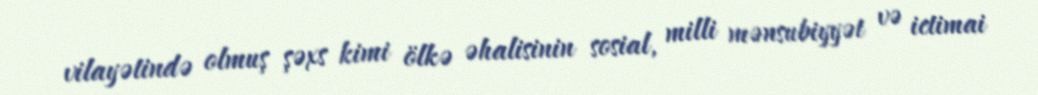
vilayətində olmuş şəxs kimi ölkə əhalisinin sosial, milli mənsubiyyət və ictimai